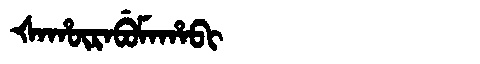
Manchu: ᡧᠠᡥᡡᡵᠠᠪᡠᠮᠠᡥᠠᠪᡳ
Romanization: ŠAHŪRABUMAHABI